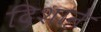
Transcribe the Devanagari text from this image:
दिशाने